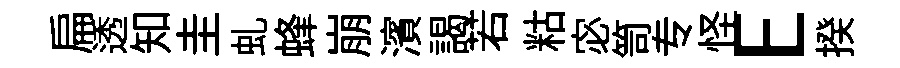
扁透知圭虬蜂崩濱謁若䊀宓笥专怪E揆